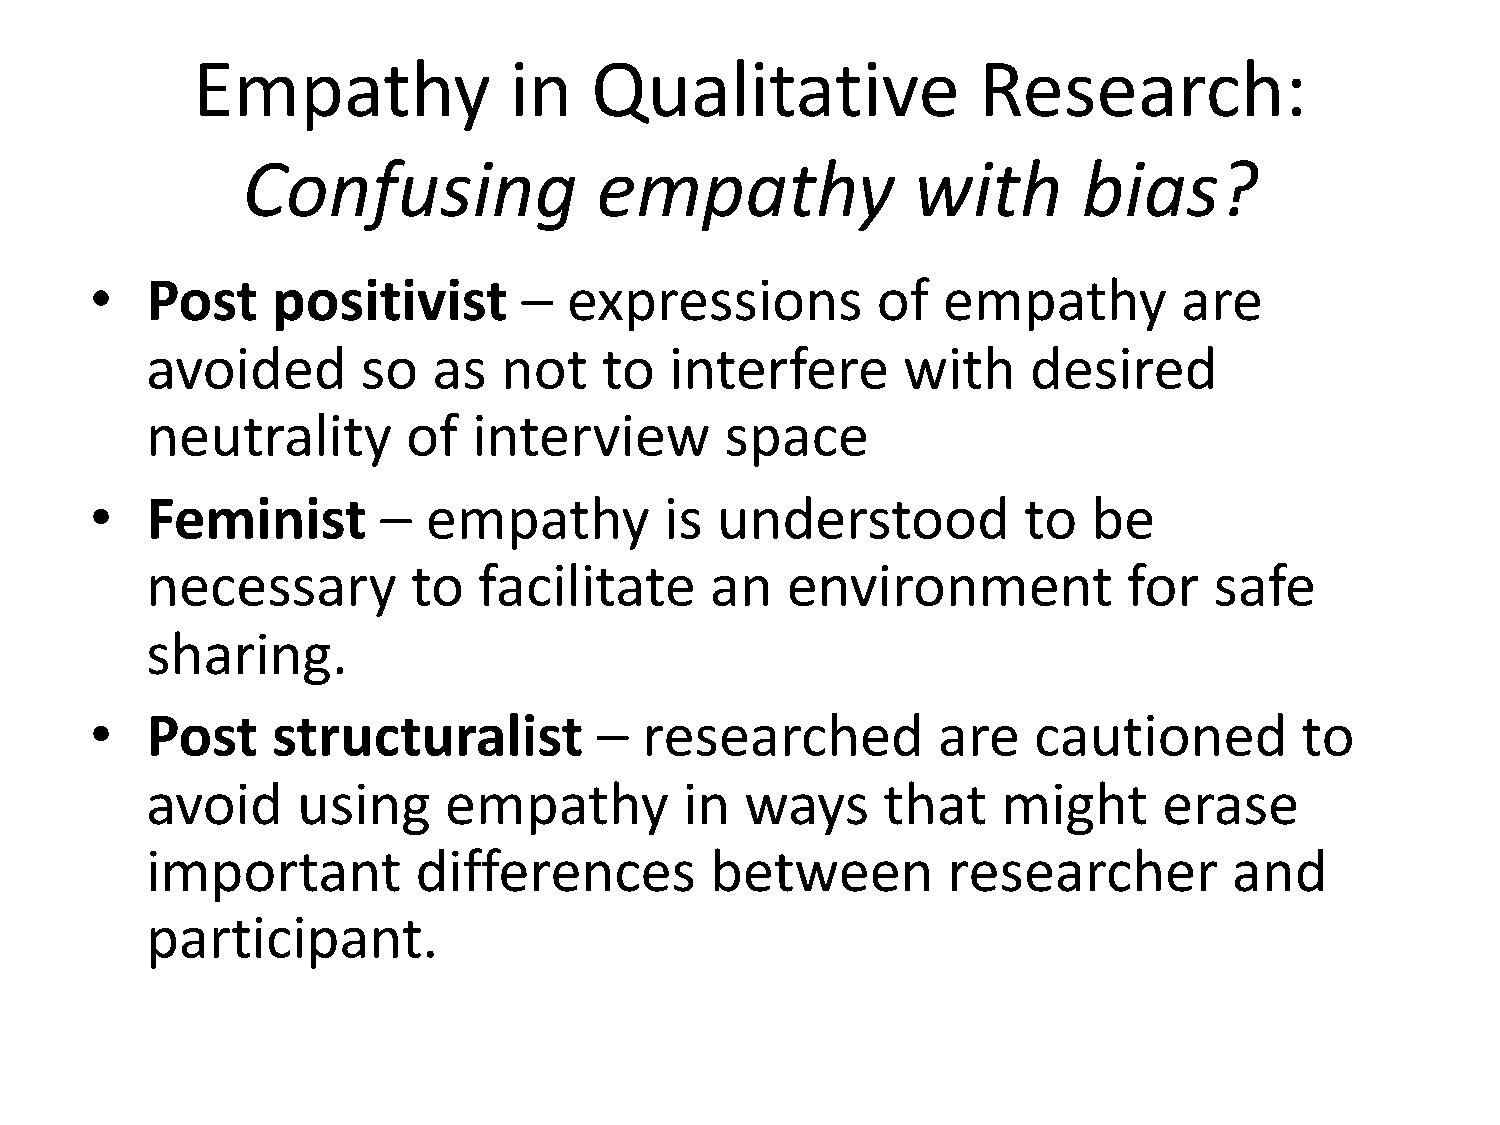
Empathy              in   Qualitative               Research:
 Confusing              empathy              with        bias?
 •   Post    positivist       –  expressions         of  empathy         are
 avoided       so   as  not    to  interfere       with    desired
 neutrality       of  interview        space
 •   Feminist       –  empathy         is understood           to  be
 necessary        to   facilitate     an   environment            for  safe
 sharing.
 •   Post    structuralist         –  researched         are   cautioned         to
 avoid     using    empathy         in  ways     that    might      erase
 important         differences        between         researcher         and
 participant.